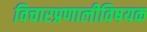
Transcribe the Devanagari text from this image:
विचारप्रणालीविषयक